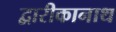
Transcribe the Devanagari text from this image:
द्वारीकानाथ